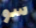
سو